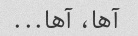
آها، آها...